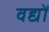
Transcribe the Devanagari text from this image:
वद्यों